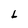
Character: L